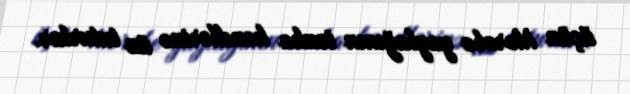
üçün Morobe yaylağının tənha kəndlərinə üz tuturlar.